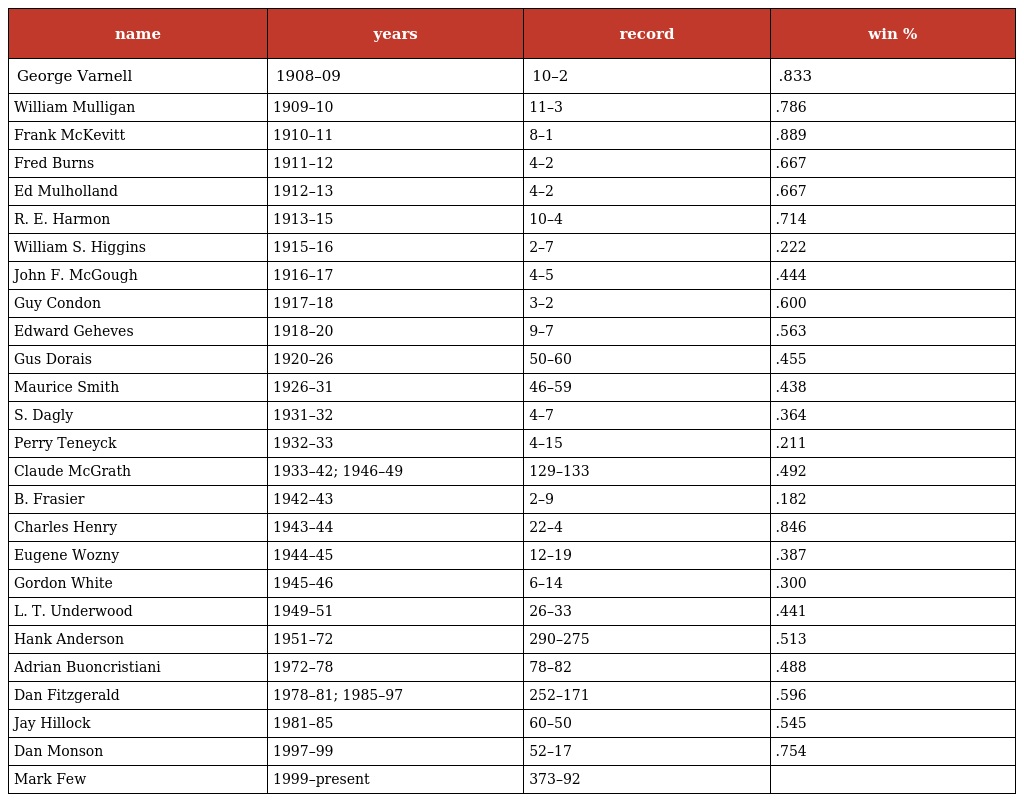
| name | years | record | win % |
 | --- | --- | --- | --- |
 | George Varnell | 1908–09 | 10–2 | .833 |
 | William Mulligan | 1909–10 | 11–3 | .786 |
 | Frank McKevitt | 1910–11 | 8–1 | .889 |
 | Fred Burns | 1911–12 | 4–2 | .667 |
 | Ed Mulholland | 1912–13 | 4–2 | .667 |
 | R. E. Harmon | 1913–15 | 10–4 | .714 |
 | William S. Higgins | 1915–16 | 2–7 | .222 |
 | John F. McGough | 1916–17 | 4–5 | .444 |
 | Guy Condon | 1917–18 | 3–2 | .600 |
 | Edward Geheves | 1918–20 | 9–7 | .563 |
 | Gus Dorais | 1920–26 | 50–60 | .455 |
 | Maurice Smith | 1926–31 | 46–59 | .438 |
 | S. Dagly | 1931–32 | 4–7 | .364 |
 | Perry Teneyck | 1932–33 | 4–15 | .211 |
 | Claude McGrath | 1933–42; 1946–49 | 129–133 | .492 |
 | B. Frasier | 1942–43 | 2–9 | .182 |
 | Charles Henry | 1943–44 | 22–4 | .846 |
 | Eugene Wozny | 1944–45 | 12–19 | .387 |
 | Gordon White | 1945–46 | 6–14 | .300 |
 | L. T. Underwood | 1949–51 | 26–33 | .441 |
 | Hank Anderson | 1951–72 | 290–275 | .513 |
 | Adrian Buoncristiani | 1972–78 | 78–82 | .488 |
 | Dan Fitzgerald | 1978–81; 1985–97 | 252–171 | .596 |
 | Jay Hillock | 1981–85 | 60–50 | .545 |
 | Dan Monson | 1997–99 | 52–17 | .754 |
 | Mark Few | 1999–present | 373–92 |  |